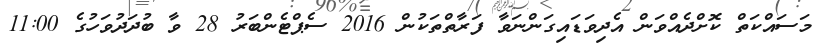
މަސައްކަތް ކޮށްދެއްވަން އެދިވަޑައިގަންނަވާ ފަރާތްތަކުން 2016 ސެޕްޓެންބަރު 28 ވާ ބުދަަދުވަހުގެ 11:00